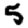
Digit: 5